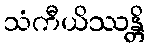
သံကီယိဿန္တိ